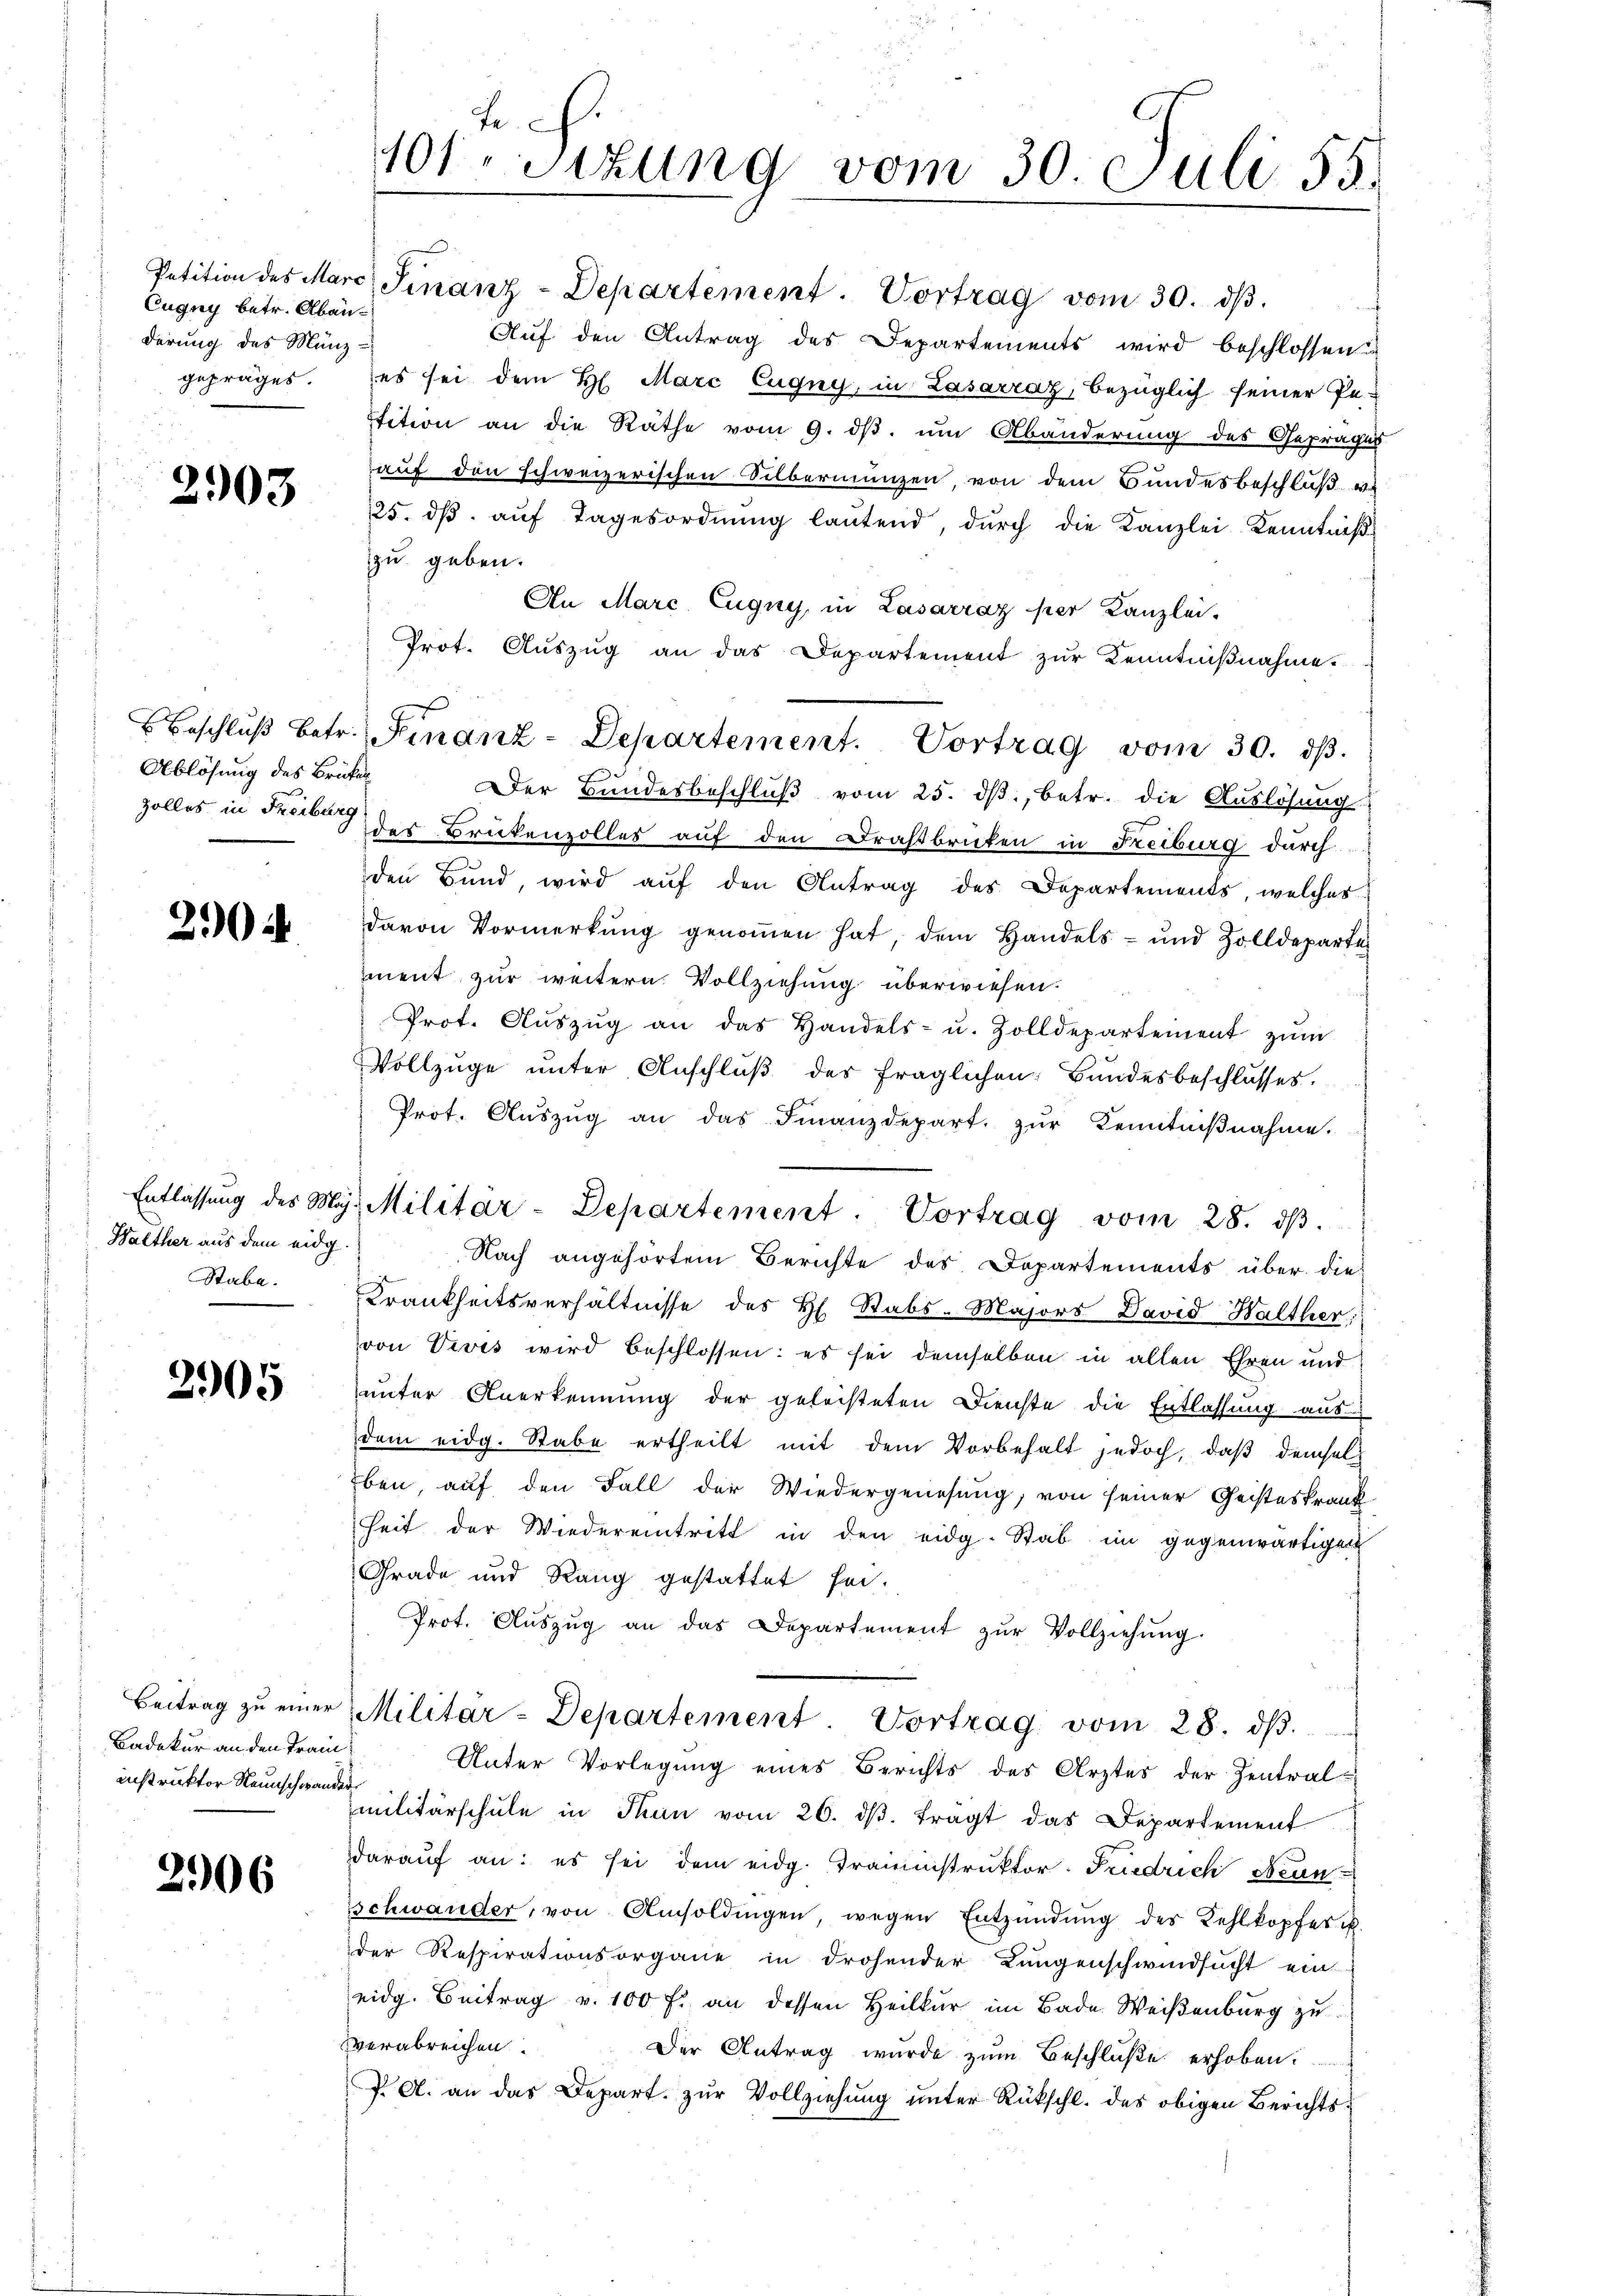
Eugny betr. Abänderung des Münz-

2903

Ablösung des Brüken

2904

Walther aus dem eidg.
Stabe.

2905

Beitrag zu einer
Badekur an den Frau
instruktor Neunschwander

2906

Be
10f. Sitzung vom 30. Juli 55.

Beschluß betr. Finanz-Departement. Vortrag vom 30. dβ.

Entlassŭng des Mag. Militär-Departement. Vortrag vom 28. dβ.

Petition des Marc Finanz-Departement. Vortrag vom 30. dβ.
Auf den Antrag des Departements wird beschlossen
gepräges. (es sei dem H. Marc Eugny, in Lasarraz, bezüglich seiner Pe-
Etition an die Räthe vom 9. dβ. um Abänderung des Gepräges
auf den schweizerischen Silbermünzen, von dem Bundesbeschluß vi
125. dβ aŭf Tagesordnŭng laŭtend, dŭrch die Kanzlei Kenntniß
zu geben.
An Marc Eugny, in Lasarraz per Kanzlei-
Prot. Aŭszŭg an das Departement zŭr Kenntniβnahme.
Der Bundesbeschlŭβ vom 25. dβ, betr. die Auslösung
zolles in Freibe der Brükenzolles auf den Drahtbrücken in Freiburg durch
den Bund, wird auf den Antrag des Departements, welches
davon Vormerkung genoṁen hat, dem Handels- und Zolldeparte
ment zur weitern Vollziehung überwiesen.
Prot. Aŭszŭg an das Handels- u. Zolldepartement zŭm
Vollzuge unter Anschluß des fraglichen Bundesbeschlusses.
Prot. Aŭszŭg an das Finanzdepart. zŭr Kenntniβnahme.
Nach angehörtem Berichte des Departements über die-
Krankheitsverhältnisse des H. Stabs-Majors David Halther
von Vivis wird beschlossen: es sei demselben in allen Ehren und
unter Anerkennung der geleisteten Dienste die Entlassung aus
dem eidg. Stabe ertheilt mit dem Vorbehalt jedoch, daβ demsel¬
Eben, auf den Fall der Wiedergenesung, von seiner Geisteskrank
heit der Wiedereintritt in den eidg. Stab im gegenwärtigen
Grade und Rang gestattet sei.
Prot. Aŭszŭg an das Departement zŭr Vollziehŭng.
Militar-Departement Vortrag vom 28. dβ.
Unter Vorlegung eines Berichts des Arztes der Zentral-
militärschule in Thun vom 26. dβ. trägt das Departement
darauf an: es sei dem eidg. Traunstruktor-Friedrich Bean
schwander, von Amsoldingen, wegen Entzündung des Kehlkopfes u.
der Respirationsorgane in drohender Langenschwindsucht ein
eidg. Beitrag v. 100 f. an dessen Heilkur im Bade Weisenburg zu
verabreichen.
Der Antrag wurde zum Beschluße erhoben.
J. A. an das Depart. zur Vollziehung unter Rückschl. des obigen Berichts¬